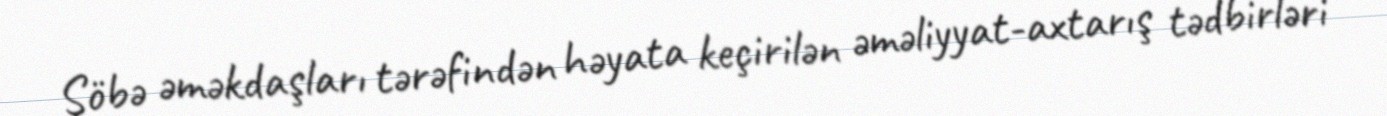
Şöbə əməkdaşları tərəfindən həyata keçirilən əməliyyat-axtarış tədbirləri